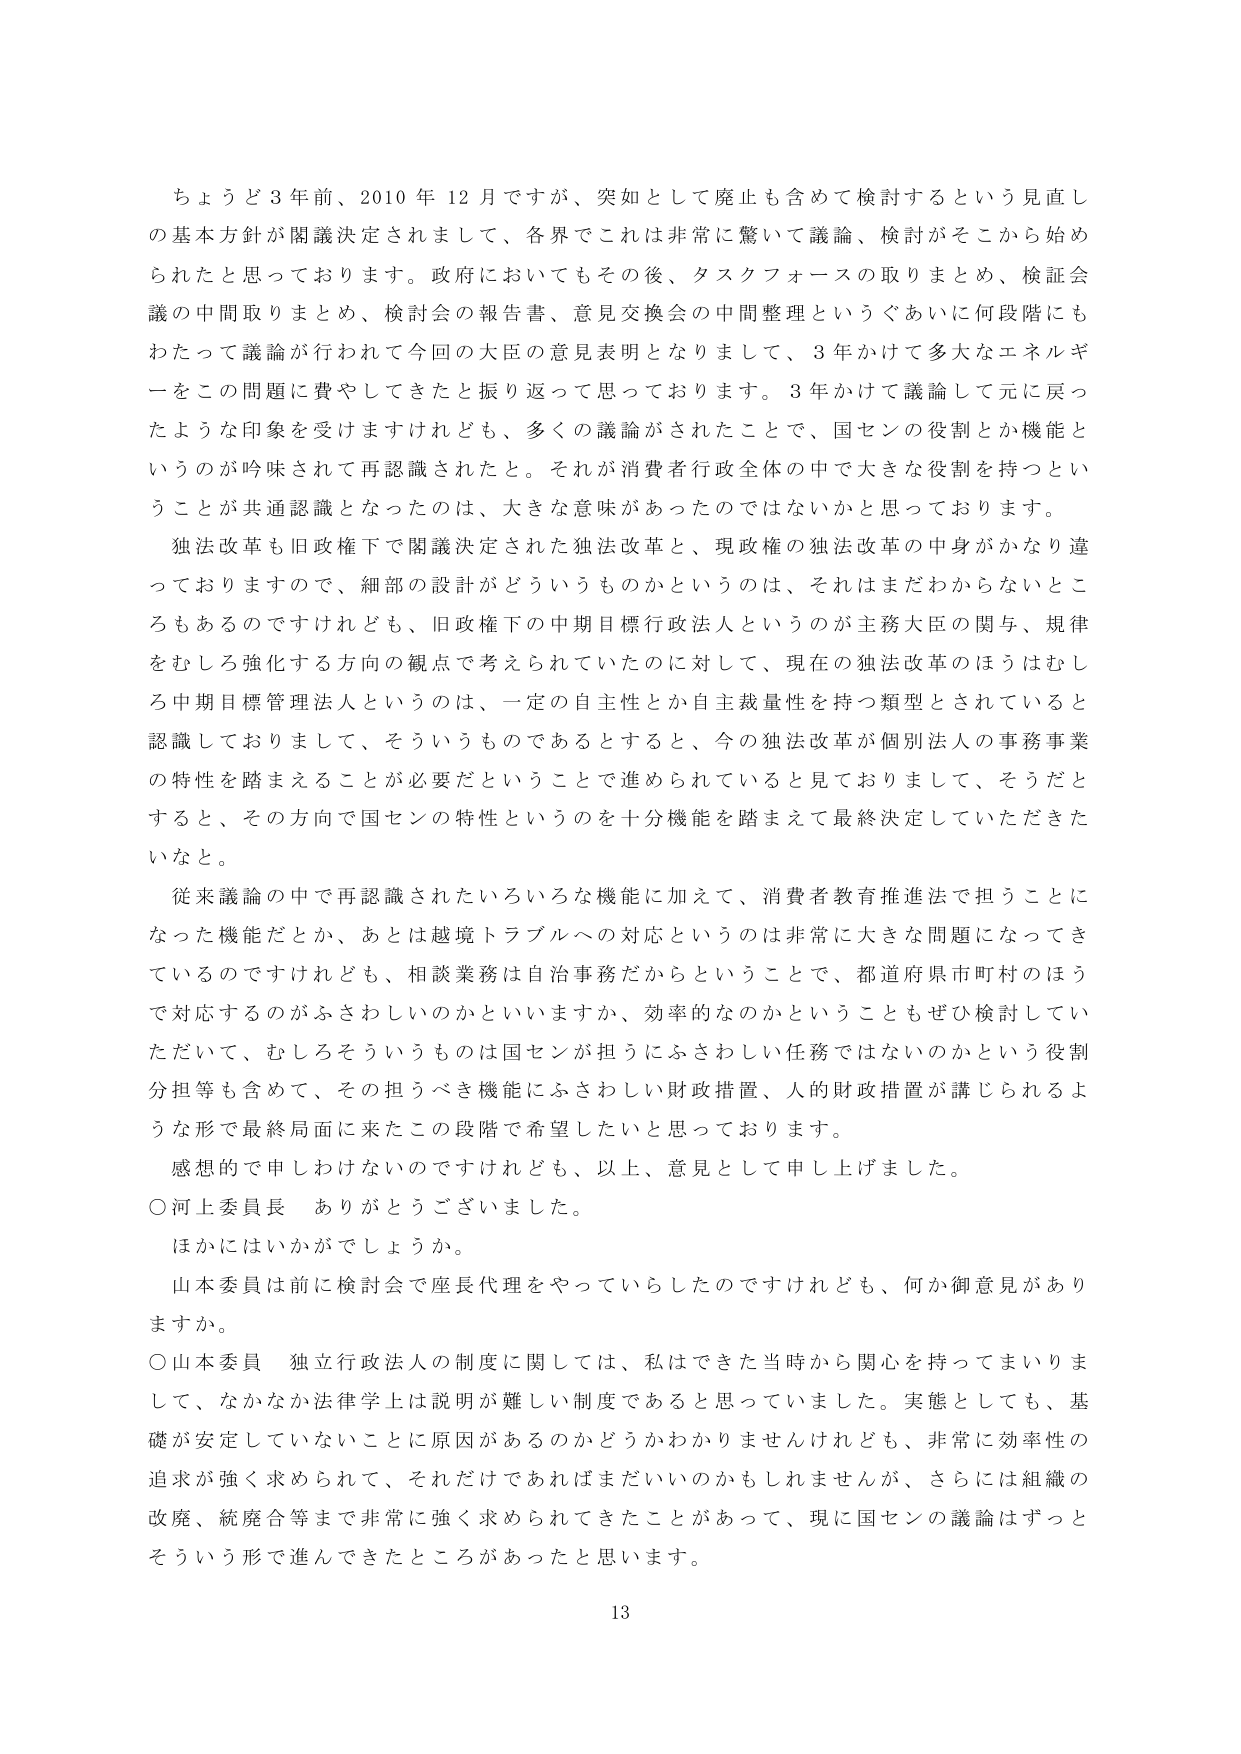
ちょうど３年前、2010年12月ですが、突如として廃止も含めて検討するという見直しの基本方針が閣議決定されまして、各界でこれは非常に驚いて議論、検討がそこから始められたと思っております。政府においてもその後、タスクフォースの取りまとめ、検証会議の中間取りまとめ、検討会の報告書、意見交換会の中間整理というぐあいに何段階にもわたって議論が行われて今回の大臣の意見表明となりまして、3年かけて多大なエネルギーをこの問題に費やしてきたと振り返って思っております。3年かけて議論して元に戻ったような印象を受けますけれども、多くの議論がされたことで、国センの役割とか機能というのが吟味されて再認識されたと。それが消費者行政全体の中で大きな役割を持つということが共通認識となったのは、大きな意味があったのではないかと思っております。

独法改革も旧政権下で閣議決定された独法改革と、現政権の独法改革の中身がかなり違っておりますので、細部の設計がどういうものかというのは、それはまだわからないところもあるのですけれども、旧政権下の中期目標行政法人というのが主務大臣の関与、規律をむしろ強化する方向の観点で考えられていたのに対して、現在の独法改革のほうはむしろ中期目標管理法人というのは、一定の自主性とか自主裁量性を持つ類型とされていると認識しておりまして、そういうものであるとすると、今の独法改革が個別法人の事務事業の特性を踏まえることが必要だということで進められていると見ておりまして、そうだとすると、その方向で国センの特性というのを十分機能を踏まえて最終決定していただきたいなと。

従来議論の中で再認識されたいろいろな機能に加えて、消費者教育推進法で担うことになった機能だとか、あとは越境トラブルへの対応というのは非常に大きな問題になってきているのですけれども、相談業務は自治事務だからということで、都道府県市町村のほうで対応するのがふさわしいのかといいますか、効率的なのかということもぜひ検討していただいて、むしろそういうものは国センが担うにふさわしい任務ではないのかという役割分担等も含めて、その担うべき機能にふさわしい財政措置、人的財政措置が講じられるような形で最終局面に来たこの段階で希望したいと思っております。

感想的で申しわけないのですけれども、以上、意見として申し上げました。

○河上委員長　ありがとうございました。

ほかにはいかがでしょうか。

山本委員は前に検討会で座長代理をやっていらしたのですけれども、何か御意見がありますか。

○山本委員　独立行政法人の制度に関しては、私はできた当時から関心を持ってまいりまして、なかなか法律学上は説明が難しい制度であると思っていました。実態としても、基礎が安定していないことに原因があるのかどうかわかりませんけれども、非常に効率性の追求が強く求められて、それだけであればまだいいのかもしれませんが、さらには組織の改廃、統廃合等まで非常に強く求められてきたことがあって、現に国センの議論はずっとそういう形で進んできたところがあったと思います。

13